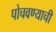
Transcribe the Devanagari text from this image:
पोचवण्‍याची